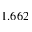
1 . 6 6 2